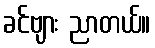
ခင်ဗျား ညာတယ်။